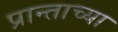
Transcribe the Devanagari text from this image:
प्रान्ताच्या